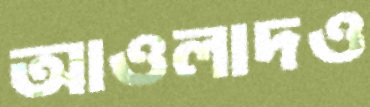
আওলাদও